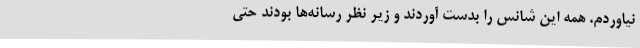
نیاوردم. همه این شانس را بدست آوردند و زیر نظر رسانه‌ها بودند حتی